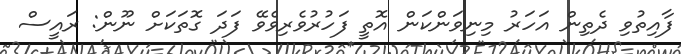
ފާއިތުވި ދެތިން އަހަރު މިނިވަންކަން އޮތީ ފަހުރުވެރިވެވޭ ފަދަ ގޮތަކަށް ނޫން: ރައީސް